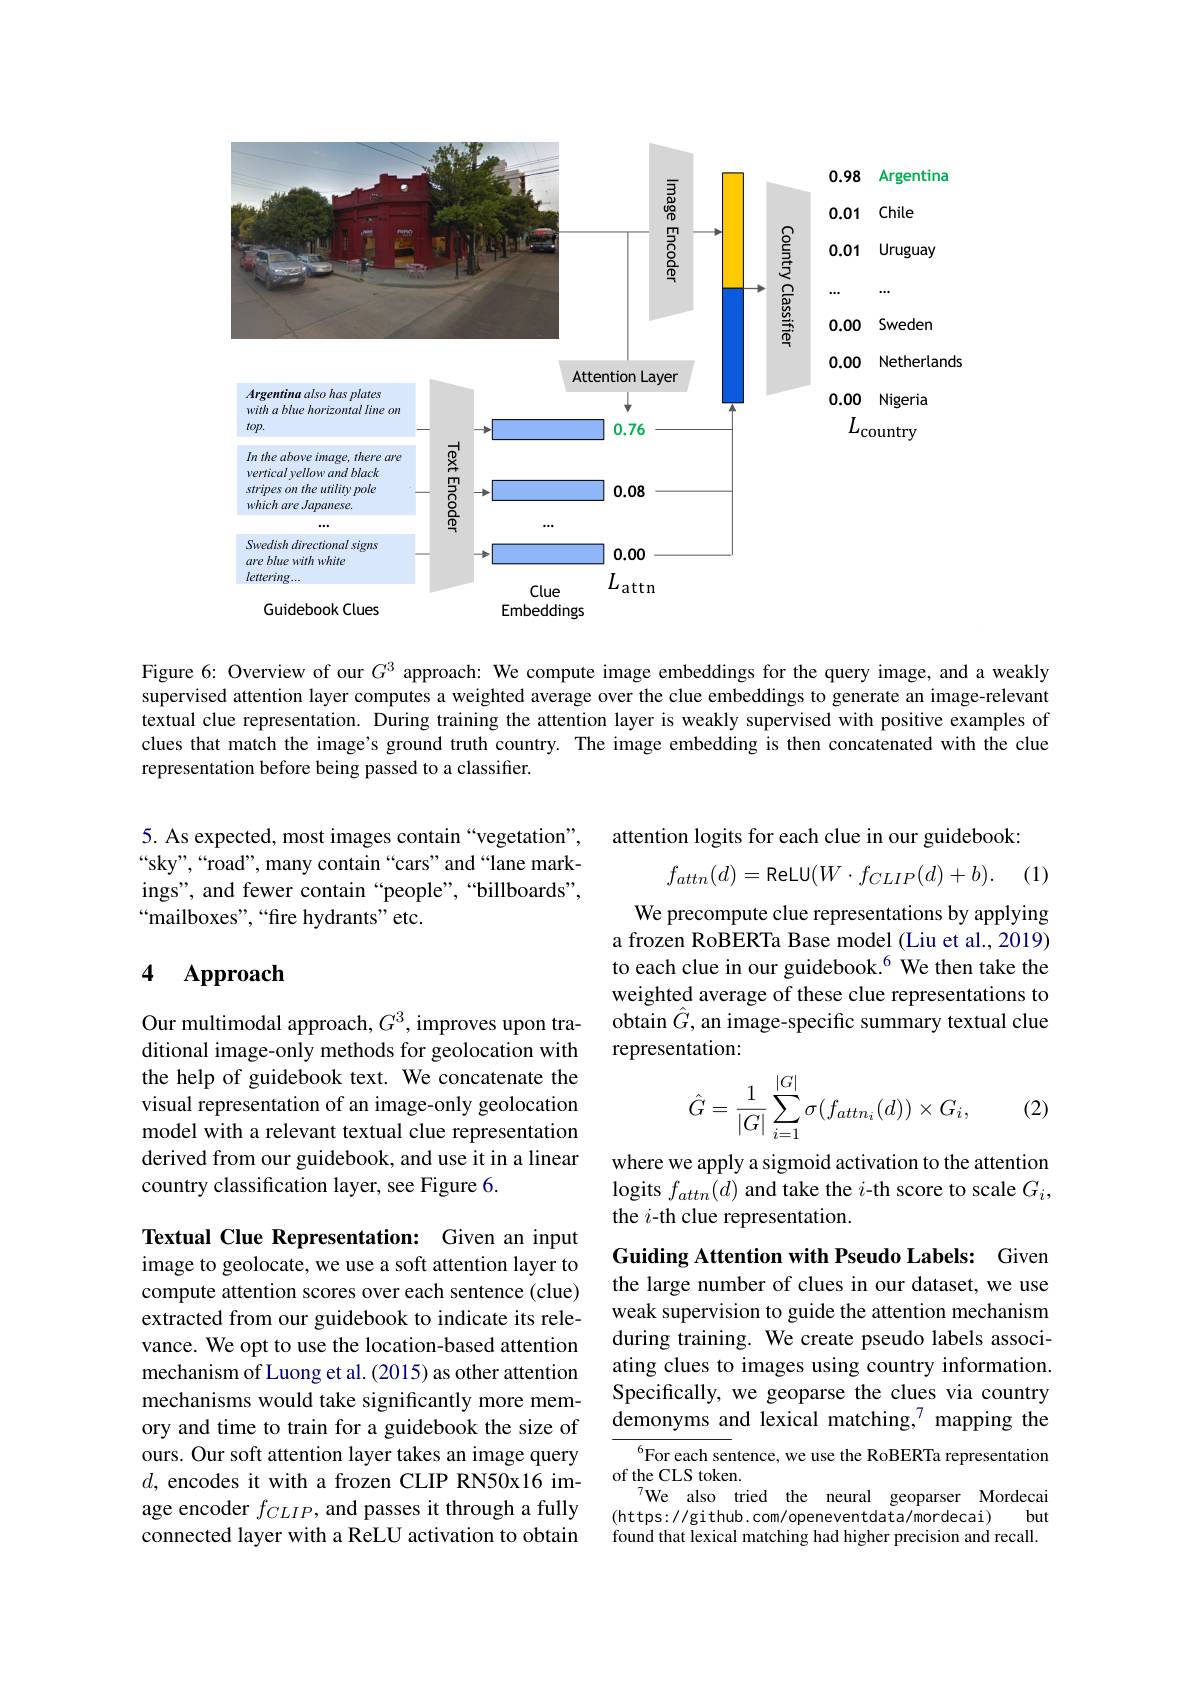
<FigureHere>

Figure 6: Overview of our $G^{3}$ approach: We compute image embeddings for the query image, and a weakly supervised attention layer computes a weighted average over the clue embeddings to generate an image-relevant textual clue representation. During training the attention layer is weakly supervised with positive examples of clues that match the image's ground truth country. The image embedding is then concatenated with the clue representation before being passed to a classifier.

attention logits for each clue in our guidebook:
$$f_{attn}(d)=\text{ReLU}(W\cdot f_{CLIP}(d)+b).$$
. (1)

5. As expected, most images contain“vegetation”, “sky”,“road”, many contain“cars”and“lane markings", and fewer contain “people”,“billboards”, “mailboxes",“fire hydrants”etc.

## 4 $\mathbf{Approach}$

We precompute clue representations by applying a frozen RoBERTa Base model (Liu et al., 2019) to each clue in our guidebook.$^{6}$ We then take the weighted average of these clue representations to obtain $\hat{G}$, an image-specific summary textual clue representation:

Our multimodal approach, $G^3$, improves upon traditional image-only methods for geolocation with the help of guidebook text. We concatenate the visual representation of an image-only geolocation model with a relevant textual clue representation derived from our guidebook, and use it in a linear country classification layer, see Figure 6.
$$\begin{aligned}\hat{G}=\frac{1}{|G|}\sum_{i=1}^{|G|}\sigma(f_{attn_i}(d))\times G_i,\end{aligned}$$
(2)

where we apply a sigmoid activation to the attention logits $f_attn(d)$ and take the $i$-th score to scale $G_i$, the $i$-th clue representation.

Guiding Attention with Pseudo Labels: Given

the large number of clues in our dataset, we use weak supervision to guide the attention mechanism during training. We create pseudo labels associating clues to images using country information. Specifically, we geoparse the clues via country demonyms and lexical matching,$^{7}$ mapping the

Textual Clue Representation: Given an input image to geolocate, we use a soft attention layer to compute attention scores over each sentence (clue) extracted from our guidebook to indicate its relevance. We opt to use the location-based attention mechanism of Luong et al. (2015) as other attention mechanisms would take significantly more memory and time to train for a guidebook the size of ours. Our soft attention layer takes an image query $d$, encodes it with a frozen CLIP RN50x16 image encoder $f_{CLIP}$, and passes it through a fully connected layer with a ReLU activation to obtain

$^{6}$For each sentence, we use the RoBERTa representation
of the CLS token.
We also tried the neural geoparser Mordecai
but
(https: //github. com/openeventdata/mordecai)
found that lexical matching had higher precision and recall.